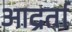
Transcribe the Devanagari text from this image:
आद्रर्ता